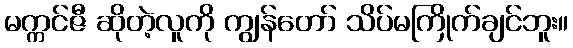
မက္ကင်ဇီ ဆိုတဲ့လူကို ကျွန်တော် သိပ်မကြိုက်ချင်ဘူး။